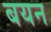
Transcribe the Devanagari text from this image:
बयन